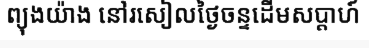
ព្យុងយ៉ាង នៅរសៀលថ្ងៃចន្ទដើមសប្តាហ៍